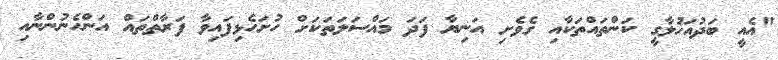
"އެއީ ބަދުއަޚުލާގީ ކަންތައްތަކާއި ގެވެށި އަނިޔާ ފަދަ މައްސަލަތަކަށް ހުށަހެޅިފައިވާ ފަރާތްތައް އަންހެނުންނާއި